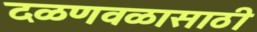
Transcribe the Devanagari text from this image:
दळणवळासाठी